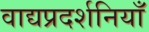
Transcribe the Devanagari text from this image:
वाद्यप्रदर्शनियाँ